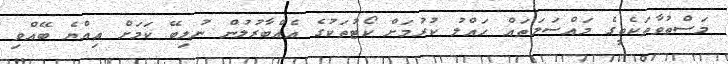
މަސްތުވާތަކެތީގެ މައްސަލަތައް ހައްލު ކުރުމަށް ކޯޓުތަކުގެ އެއްބާރުލުން ނުލިބޭ ކަމަށް އިއްޔެ ބޭއްވި